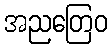
အညတြေဝ